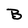
Character: B